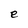
Character: e